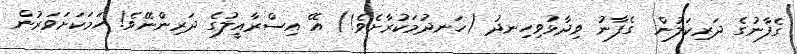
ގެފާނުގެ ދަރިކަލުން  ގެފާނު ވިދާޅުވިހިނދު (ހަނދުމަކުރާށެވެ!) އޭ އިސްރާއީލުގެ ދަރިންނޭވެ! ހަމަކަށަވަރުން